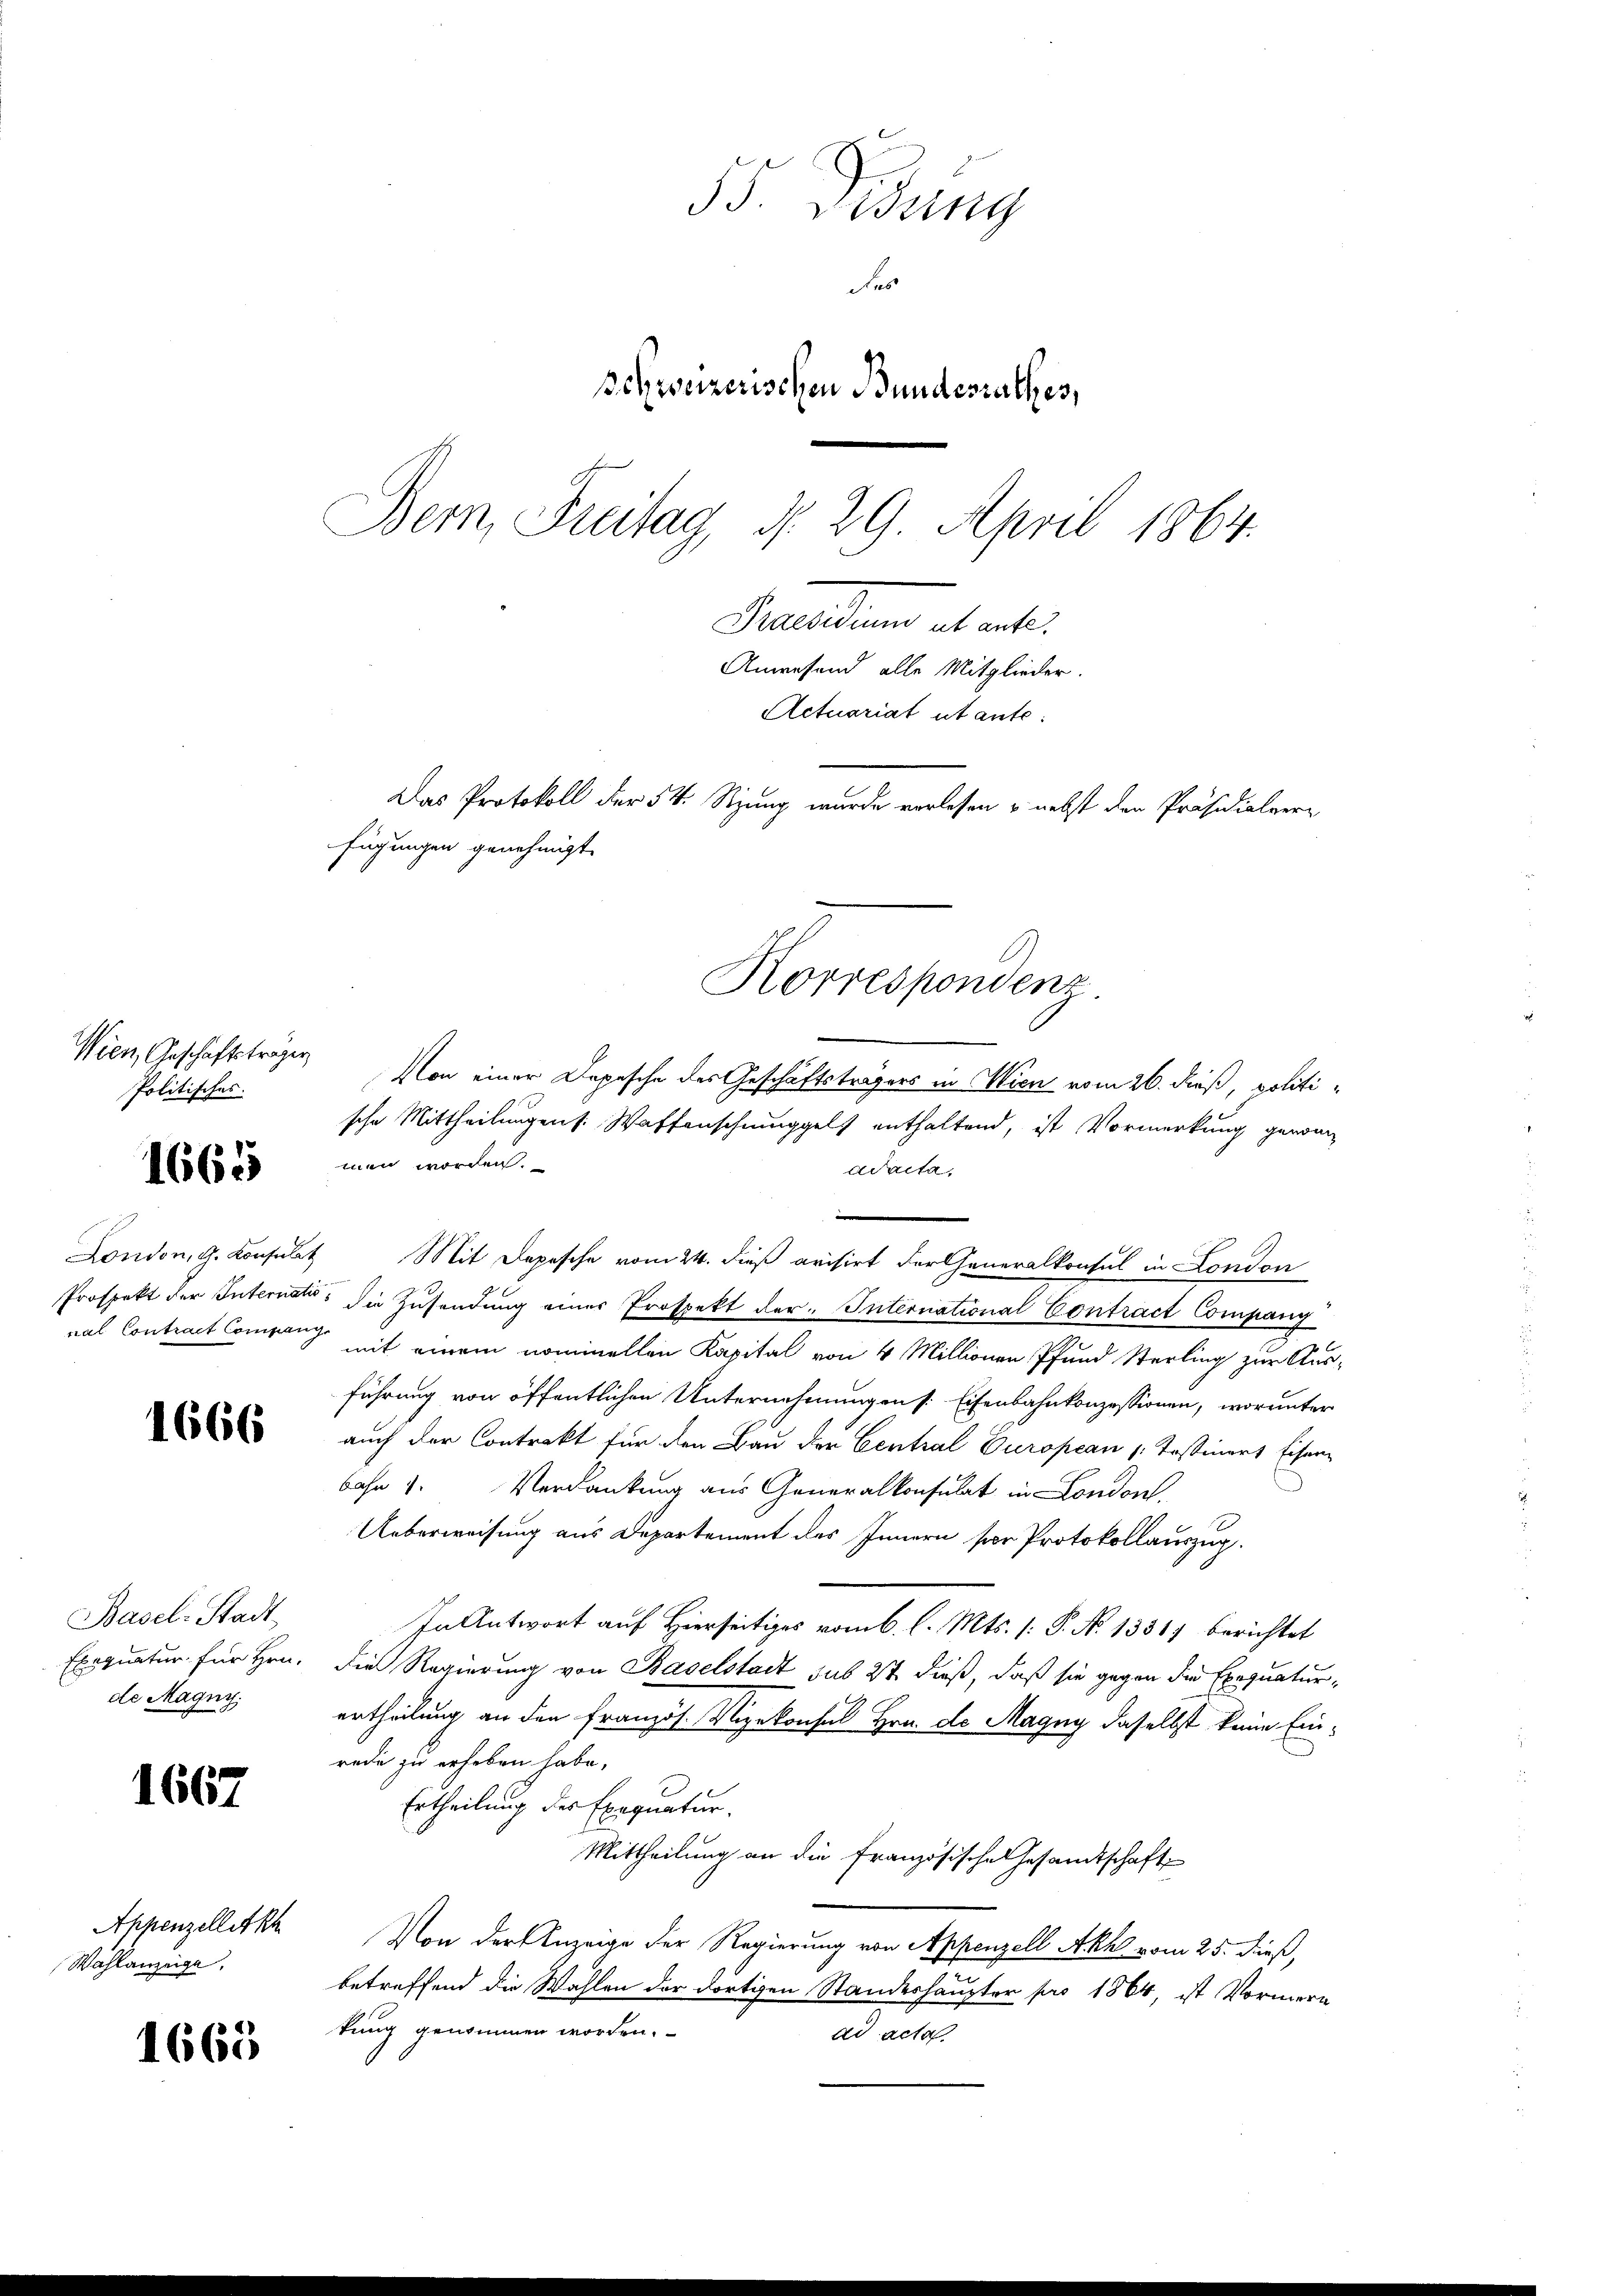
Wien, Geschäftsträger
Politisches.

1665

1666

Basel-Stadt
de Magny,

1667

Appenzellet kh
Wahlanzeige,

1665

35 Sedung
des
schweizerischen Bundesrathes,
Bem, Freitag d. 29. April 1864.
Fraenden ents
Anwesend alle Mitglieder.
Actuariat utante:
Das Protokoll der 54. Stzung wurde vorlesen u. nebst den Präsidialverfügungen genehmigt.

Von einer Depesche des Geschäftsträgers in Wien vom 26. dieß, politische Mittheilungens. Waffenschnunggels enthaltend, ist Vormerkung gewan
men worden.
Adacta,
London, G. Konsulat Mit Depesche vom 24. dieß avisirt der Generalkonsul in London
Prospekt der Internati die Zusendung einer Prospekt der International Contract Company
val Contract Commung mit einem nominellen Kapital von 4 Millionen Pfund Sterling zur Ausführung von öffentlichen Unternehmungen s. Eisenbahnkonzessionen, worunter
auch der Contrakt für den Bau der Central European /: Testinert Eisen
bahn 1. Verdankung aus Generalkonsulat in London
Ueberweisung aus Departement des Innern sor Protokollauszug.
In Antwort auf Hierseitiges vom 6. l. Mts. 1. P. N. 1331) berichtet
Exequatur für Hrn. Die Regierung von Baselstadt sub 2t dieß, daß sie gegen die Exequaturertheilung an den Französ. Vizekonsul Hrn. Dr Magny daselbst keine Einrede zu erheben habe,
Ertheilung der Exequatur.
Mittheilung an die Französische Gesamtschaft
Von der Anzeige der Regierung von Appenzell Akhl vom 25. dieß,
betreffend die Wahlen der dortigen Standeshaupter pro 1864, ist Vormern
kung genommen worden.
ad acta

Korrespondenz